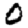
Digit: 0